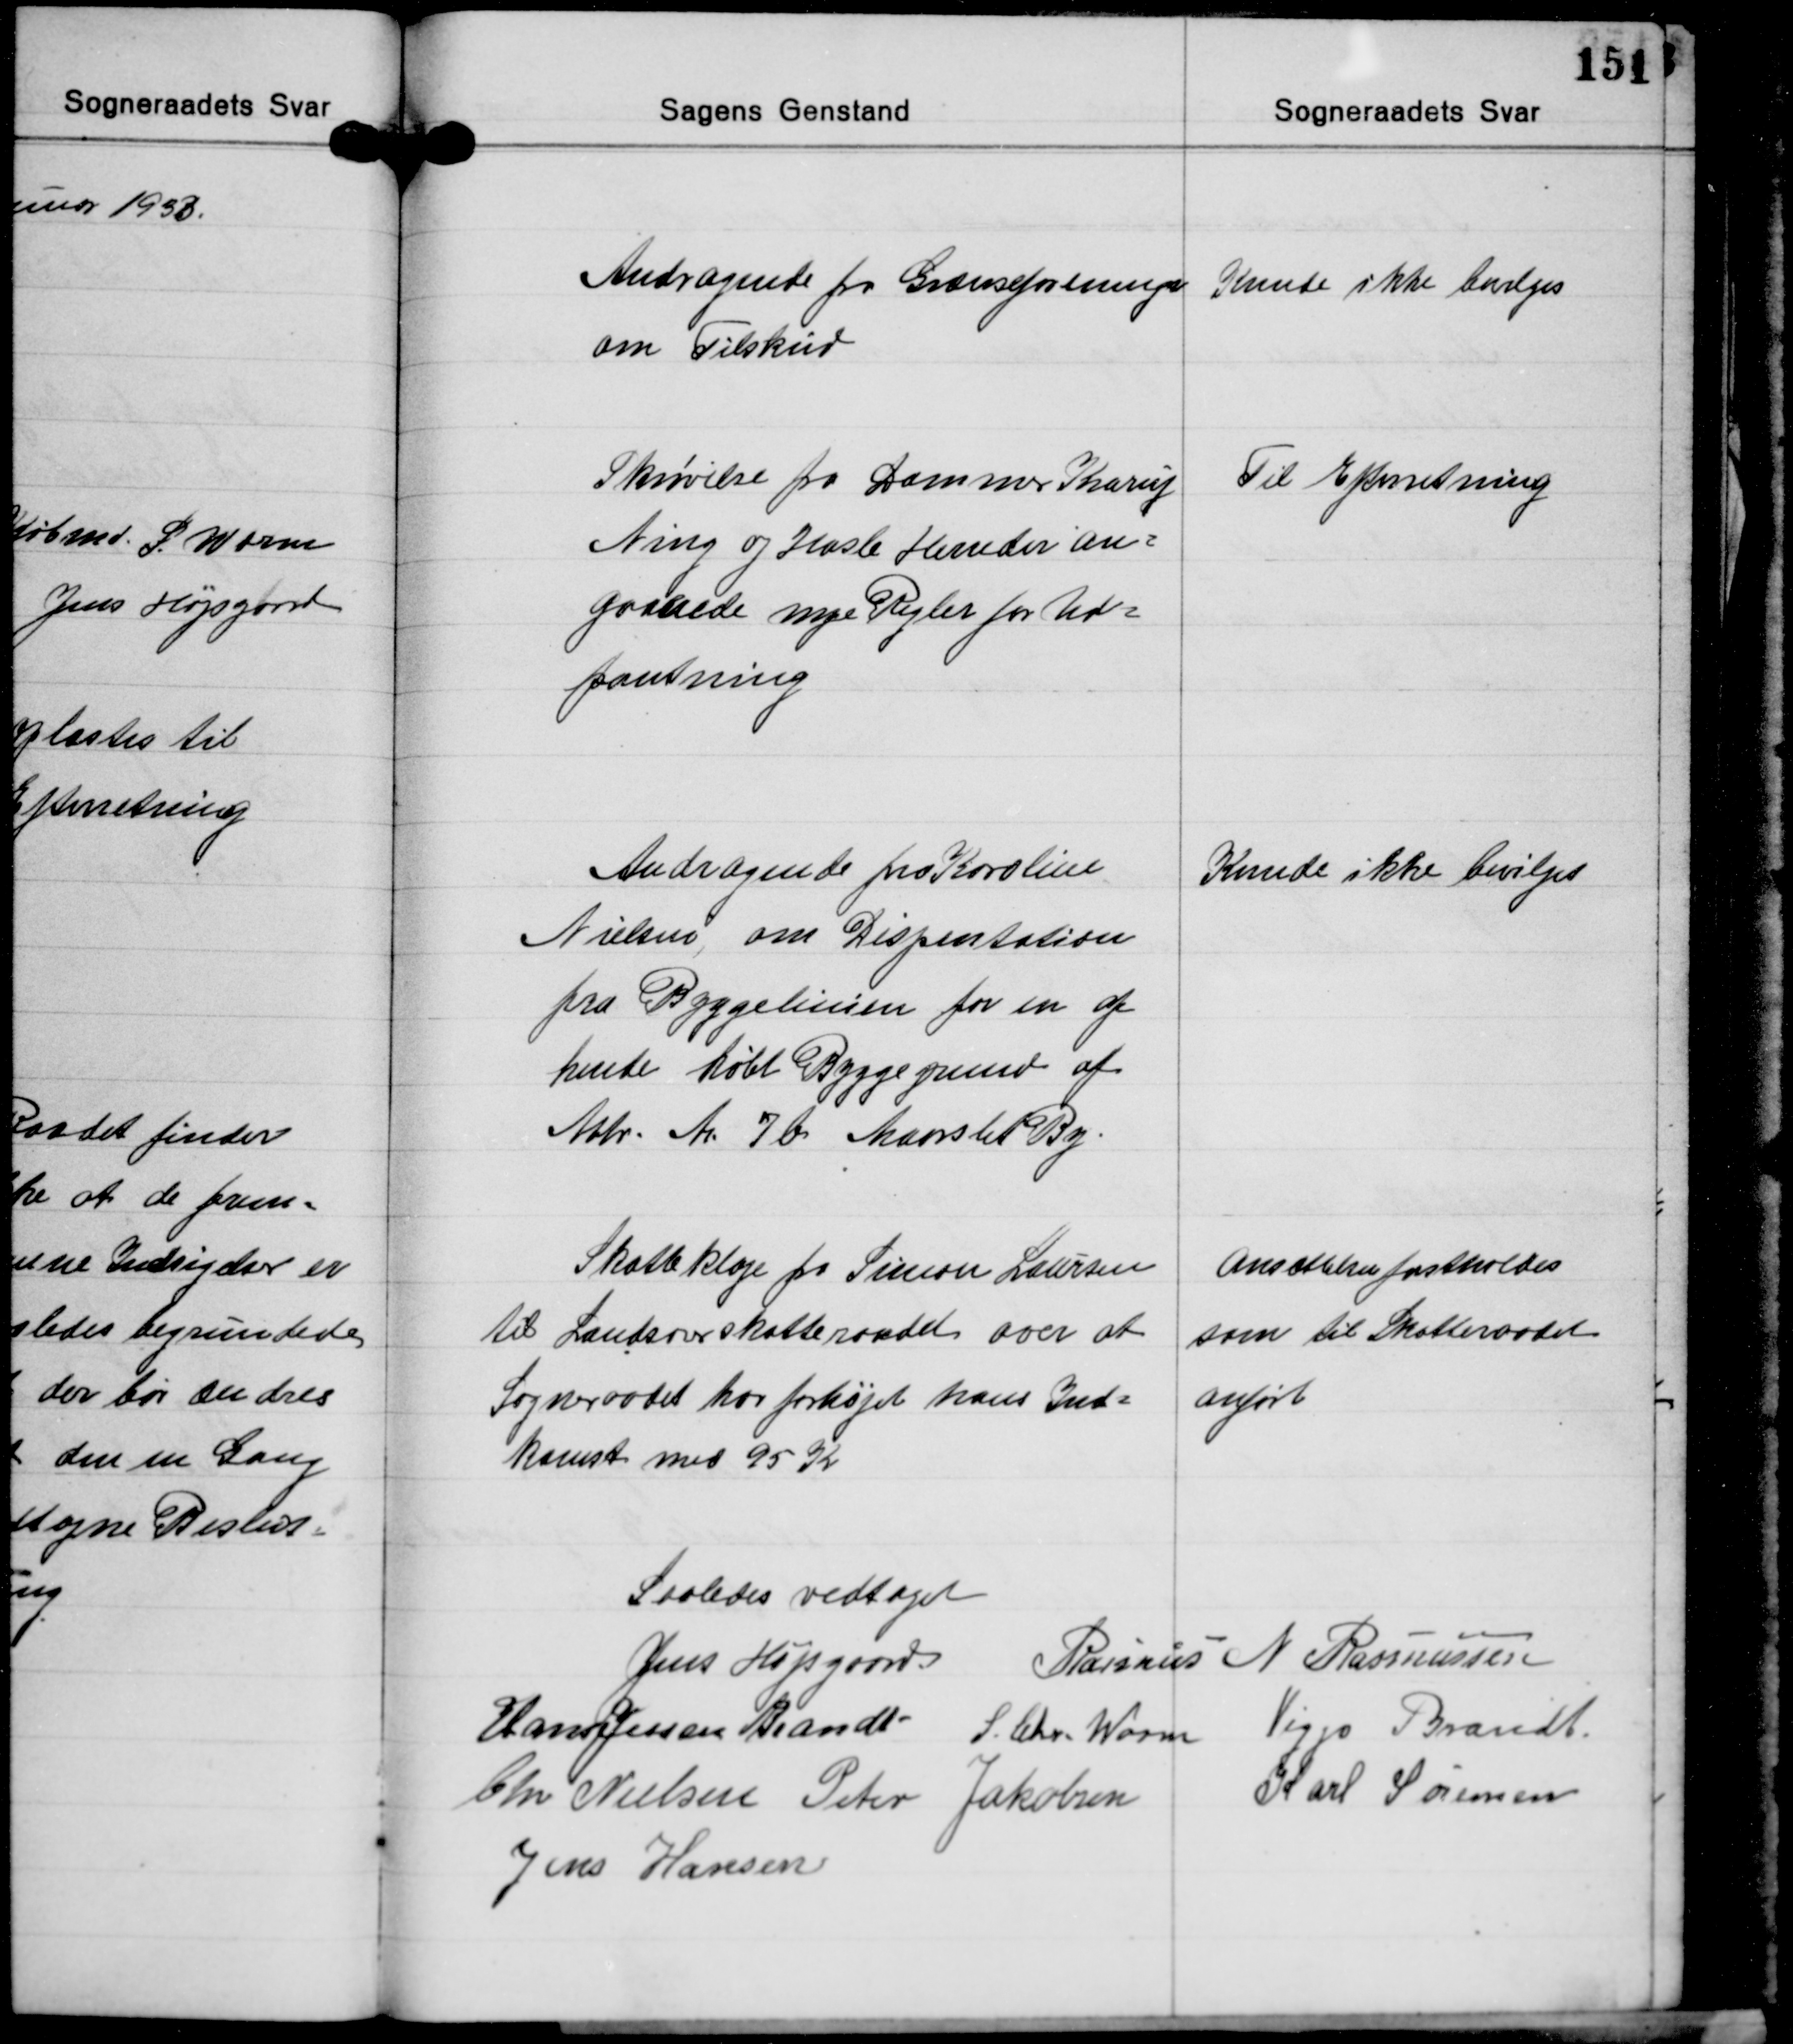
Transskription:
Andragende fra Grænseforeningen
om Tilskud

Kunde ikke bevilges

Skrivelse fra Dommer Krarup
Ning og Hasle Herreder an-
gaaende nye Regler for Ud-
pantning

Til Efterretning

Andragende fra Karoline
Nielsen, om Dispentation
fra Byggelinien for en af
hende købt Byggegrund af
Matr. Nr. 7b Maarslet By.

Kunde ikke bevilges

Skatteklage fra Simon Laursen
til Landsoverskatteraadet over at
Sogneraadet har forhøjet hans Ind-
komst med 95 Kr.

Ansættelsen fastholdes
som til Skatteraadet
anført

Saaledes vedtaget
Jens Højsgaard Rasmus N. Rasmussen
Hans Jensen Brandt S. Chr. Worm Viggo Brandt
Chr. Nielsen Peter Jakobsen Karl Sørensen
Jens Hansen